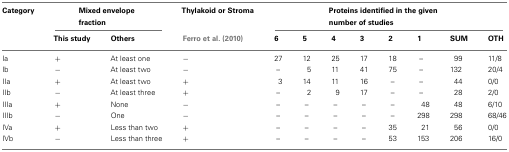
<table><thead><tr><td><b>Category</b></td><td colspan="2"><b>Mixed envelope fraction</b></td><td><b>Thylakoid or Stroma</b></td><td colspan="8"><b>Proteins identified in the given number of studies</b></td></tr><tr><td></td><td><b>This study</b></td><td><b>Others</b></td><td><b>Ferro et al. (2010)</b></td><td><b>6</b></td><td><b>5</b></td><td><b>4</b></td><td><b>3</b></td><td><b>2</b></td><td><b>1</b></td><td><b>SUM</b></td><td><b>OTH</b></td></tr></thead><tbody><tr><td>Ia</td><td>+</td><td>At least one</td><td>−</td><td>27</td><td>12</td><td>25</td><td>17</td><td>18</td><td>–</td><td>99</td><td>11/8</td></tr><tr><td>Ib</td><td>−</td><td>At least two</td><td>−</td><td>–</td><td>5</td><td>11</td><td>41</td><td>75</td><td>–</td><td>132</td><td>20/4</td></tr><tr><td>IIa</td><td>+</td><td>At least two</td><td>+</td><td>3</td><td>14</td><td>11</td><td>16</td><td>–</td><td>–</td><td>44</td><td>0/0</td></tr><tr><td>IIb</td><td>−</td><td>At least three</td><td>+</td><td>–</td><td>2</td><td>9</td><td>17</td><td>–</td><td>–</td><td>28</td><td>2/0</td></tr><tr><td>IIIa</td><td>+</td><td>None</td><td>−</td><td>–</td><td>–</td><td>–</td><td>–</td><td>–</td><td>48</td><td>48</td><td>6/10</td></tr><tr><td>IIIb</td><td>−</td><td>One</td><td>−</td><td>–</td><td>–</td><td>–</td><td>–</td><td>–</td><td>298</td><td>298</td><td>68/46</td></tr><tr><td>IVa</td><td>+</td><td>Less than two</td><td>+</td><td>–</td><td>–</td><td>–</td><td>–</td><td>35</td><td>21</td><td>56</td><td>0/0</td></tr><tr><td>IVb</td><td>−</td><td>Less than three</td><td>+</td><td>–</td><td>–</td><td>–</td><td>–</td><td>53</td><td>153</td><td>206</td><td>16/0</td></tr></tbody></table>